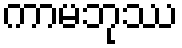
ကာမဘုဿ